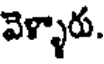
వెళ్ళారు.